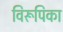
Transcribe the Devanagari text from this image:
विरूपिका